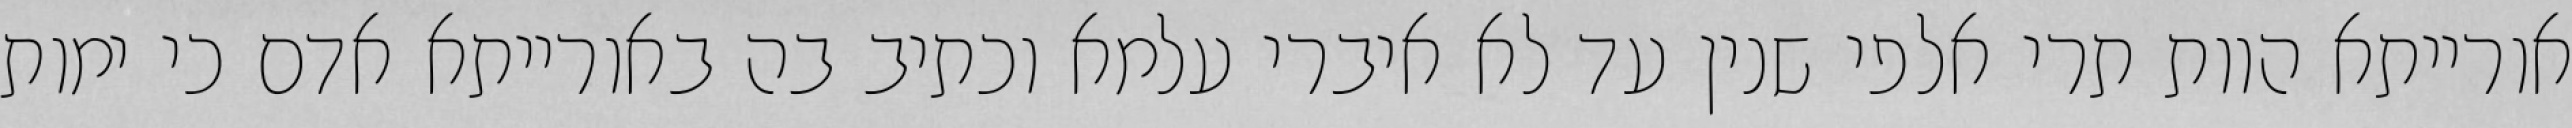
אורייתא הוות תרי אלפי שנין עד לא איברי עלמא וכתיב בה באורייתא אדם כי ימות